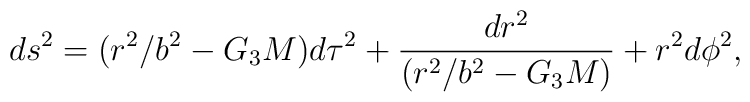
ds^2 = (r^2/b^2 - G_3 M) d\tau^2 + {dr^2 \over (r^2/b^2-G_3 M)} + r^2d\phi^2,